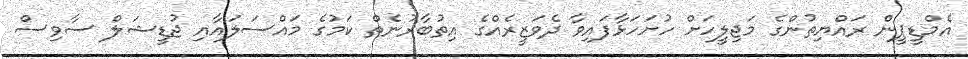
އެމްޑީޕީން ރައްޔިތުންގެ މަޖިލީހަށް ހުށަހަޅާފައިވާ ދެވަޒީރެއްގެ އިތުބާރުނެތް ކަމުގެ މައްސަލައާއި ޖުޑީޝަލް ސާވިސް